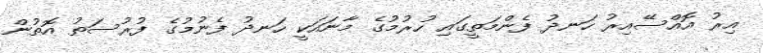
އިރު އޮއްސޭއިރު ހަނދު ފެންމަތީގައި ހުރުމުގެ މާނައަކީ ހަނދު ފެނުމުގެ ފުރުސަތު އޮތުން